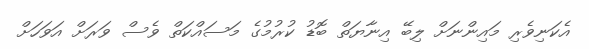
އެކަނިވެރި މައިންނަށް ލިބޭ އިނާޔަތް ބޮޑު ކުރުމުގެ މަސައްކަތް ވެސް ވަރަށް އަވަހަށް